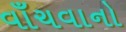
વાઁચવાનો